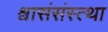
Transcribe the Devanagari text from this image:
श्वासंसंस्त्था